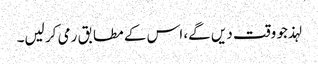
لہذ جو وقت دیں گے، اس کے مطابق رمی کر لیں۔